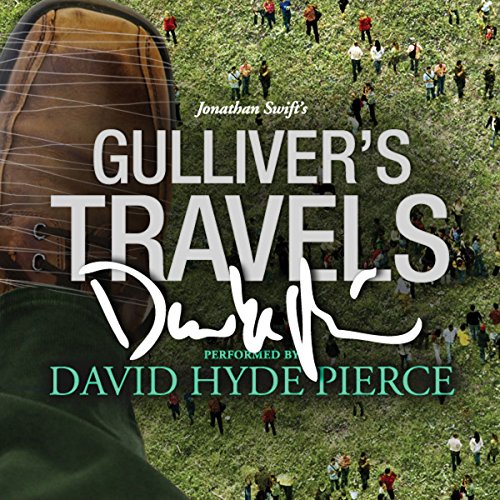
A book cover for Gulliver's Travels: A Signature Performance by David Hyde Pierce; Jonathan Swift; Literature & Fiction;